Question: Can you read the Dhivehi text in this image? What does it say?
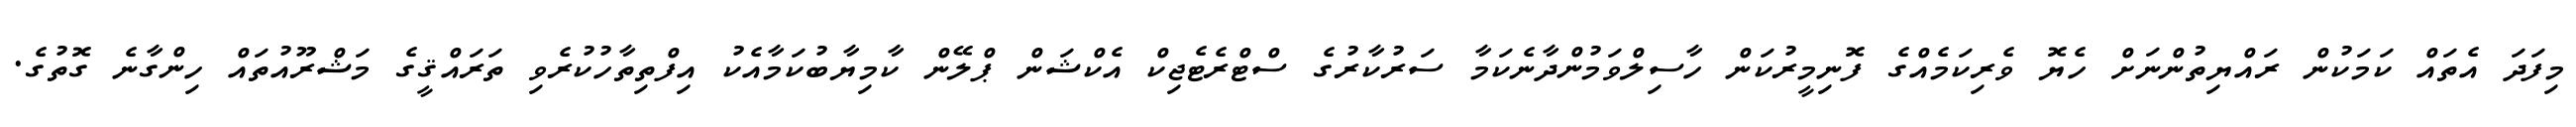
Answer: މިފަދަ އެތައް ކަމަކުން ރައްޔިތުންނަށް ހެޔޮ ވެރިކަމެއްގެ ފޮނިމީރުކަން ހާސިލްވަމުންދާނެކަމާ ސަރުކާރުގެ ސްޓްރެޓެޖިކް އެކްޝަން ޕްލޭން ކާމިޔާބުކަމާއެކު އިފްތިތާހުކުރެވި ތަރައްޤީގެ މަޝްރޫއުތައް ހިންގާނެ ގޮތުގެ.